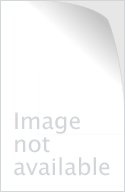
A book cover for South West Indian Ocean Fisheries Commission. Report of the third session of the Scientific Committee: Maputo, Mozambique, 16-19 September 2008 (FAO Fisheries and Aquaculture Reports); Food and Agriculture Organization of the United Nations; Travel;